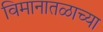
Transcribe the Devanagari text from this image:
विमानातळाच्या